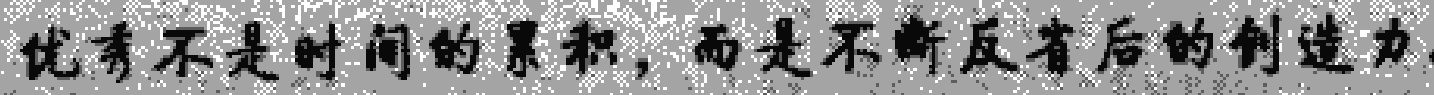
优秀不是时间的累积，而是不断反省后的创造力